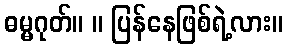
ဓမ္မဂုတ်။ ။ ပြန်နေဖြစ်ရဲ့လား။